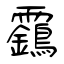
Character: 靎